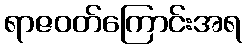
ရာဇဝတ်ကြောင်းအရ